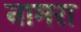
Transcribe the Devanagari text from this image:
नामरा